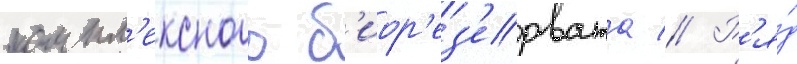
компл'ексного б'иор'ез'ервата // Р'я́д